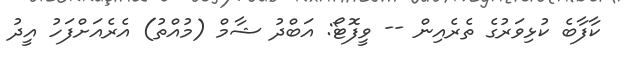
ކާފާބެ ކުޅިވަރުގެ ތެރެއިން -- ވީފޮޓޯ: އަބްދު ޝާމް (މުއްތު) އެރެއަށްފަހު އީދު